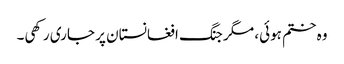
وہ ختم ہوئی، مگر جنگ افغانستان پر جاری رکھی۔